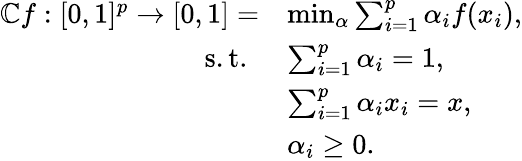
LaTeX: \begin{array}{rl}{\mathbb{C}f:[0,1]^{p}\rightarrow[0,1]=}&{\operatorname*{min}_{\alpha}\sum_{i=1}^{p}\alpha_{i}f(x_{i}),}\\ {\mathrm{s.t.~}}&{\sum_{i=1}^{p}\alpha_{i}=1,}\\ &{\sum_{i=1}^{p}\alpha_{i}x_{i}=x,}\\ &{\alpha_{i}\geq 0.}\end{array}